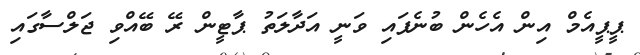
ޕީޕީއެމް އިން އެހެން ބުނެފައި ވަނީ އަދާލަތު ޕާޓީން ރޭ ބޭއްވި ޖަލްސާގައި